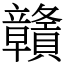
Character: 贛